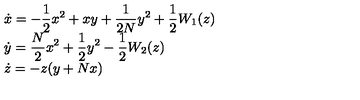
\begin{array} { l } { { \displaystyle \dot { x } = - \frac { 1 } { 2 } x ^ { 2 } + x y + \frac { 1 } { 2 N } y ^ { 2 } + \frac { 1 } { 2 } W _ { 1 } ( z ) } \vspace { 2 m m } } \\ { { \displaystyle \dot { y } = \frac { N } { 2 } x ^ { 2 } + \frac { 1 } { 2 } y ^ { 2 } - \frac { 1 } { 2 } W _ { 2 } ( z ) } \vspace { 2 m m } } \\ { \dot { z } = - z ( y + N x ) } \\ \end{array}